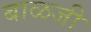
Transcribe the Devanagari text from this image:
बाळजी